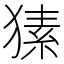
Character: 𤠚